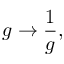
g \rightarrow \frac { 1 } { g } ,